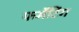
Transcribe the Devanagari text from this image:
फर्मेंटिंग